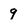
Character: 9